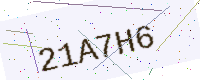
Text: 21A7H6